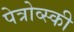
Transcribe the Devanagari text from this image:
पेत्रोव्स्की